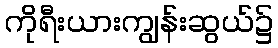
ကိုရီးယားကျွန်းဆွယ်၌